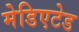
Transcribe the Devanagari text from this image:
मेडिएटेड